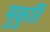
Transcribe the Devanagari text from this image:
मुकुर्ति